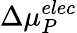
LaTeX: \Delta{\mu}_{P}^{elec}